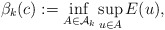
\begin{align*}\beta_k(c):=\inf_{A \in \mathcal{A}_{k}}\sup_{u \in A}E(u),\end{align*}